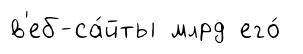
в'еб-са́йты млрд его́